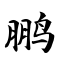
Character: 鹏